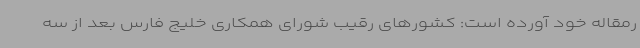
رمقاله خود آورده است: کشورهای رقیب شورای همکاری خلیج فارس بعد از سه